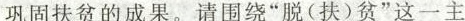
巩固扶贫的成果。请围绕”脱(扶)贫”这一主